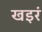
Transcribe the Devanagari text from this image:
खइरं